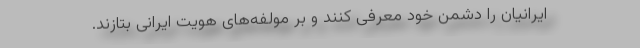
ایرانیان را دشمن خود معرفی ‌کنند و بر مولفه‌های هویت ایرانی بتازند.